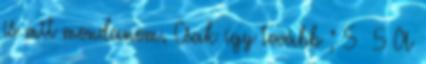
is mit mondanom. Csak így tovább ; 5 5 A